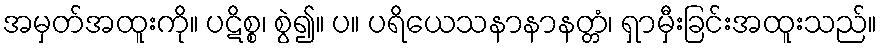
အမှတ်အထူးကို။ ပဋိစ္စ၊ စွဲ၍။ ပ။ ပရိယေသနာနာနတ္တံ၊ ရှာမှီးခြင်းအထူးသည်။